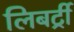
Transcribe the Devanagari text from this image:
लिबर्ट्री